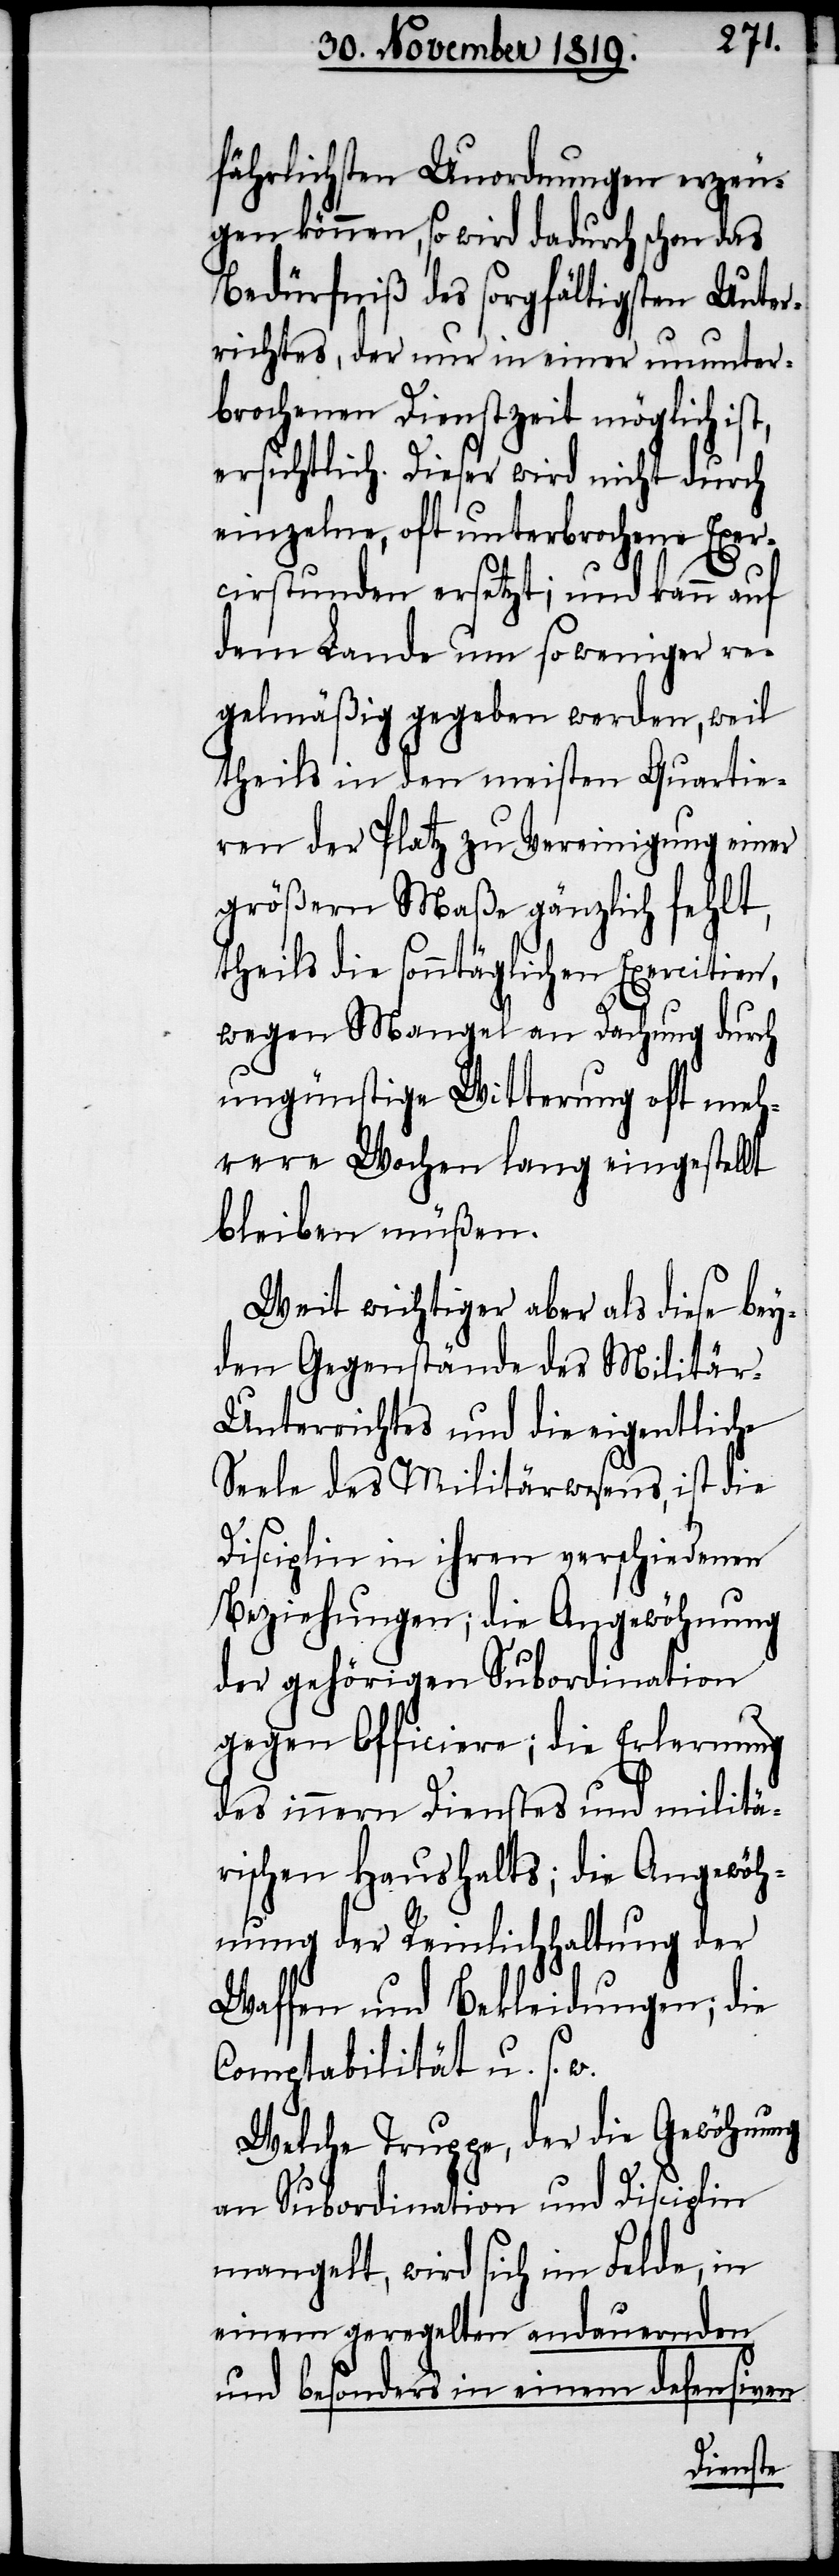
fährlichsten Unordnungen erzeu¬
gen können, so wird dadurch schon das
Bedürfniß des sorgfältigsten Unter¬
richtes, der nur in einer ununter¬
brochenen Dienstzeit möglich ist,
ersichtlich. Dieser wird nicht durch
einzelne, oft unterbrochene Exer¬
cirstunden ersetzt; und kann auf
dem Lande um so weniger re¬
gelmäßig gegeben werden, weil
theils in den meisten Quartie¬
ren der Platz zu Vereinigung einer
größern Maße gänzlich fehlt,
theils die sonntäglichen Exercitien,
wegen Mangel an Dachung durch
ungünstige Witterung oft meh¬
rere Wochen lang eingestellt
bleiben müßen.
Weit wichtiger aber als diese bey¬
den Gegenstände des Militär-U¬
nterrichtes und die eigentliche
Seele des Militärwesens, ist die
Disciplin in ihren verschiedenen
Beziehungen; die Angewöhnung
der gehörigen Subordination
gegen Officiere; die Erlernung
des innern Dienstes und militä¬
rischen Haushalts; die Angewöh¬
nung der Reinlichhaltung der
Waffen und Bekleidungen; die
Comptabilität u. s.
Welche Truppe, der die Gewöhnung
an Subordination und Disciplin
mangelt, wird sich im Felde, in
einem geregelten andauernden
und besonders in einem defensiven